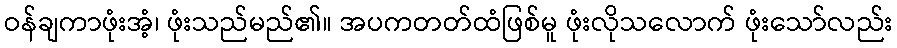
ဝန်ချကာဖုံးအံ့၊ ဖုံးသည်မည်၏။ အပကတတ်ထံဖြစ်မူ ဖုံးလိုသလောက် ဖုံးသော်လည်း